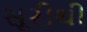
સૂરીથી